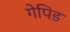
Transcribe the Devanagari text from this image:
गेपिड